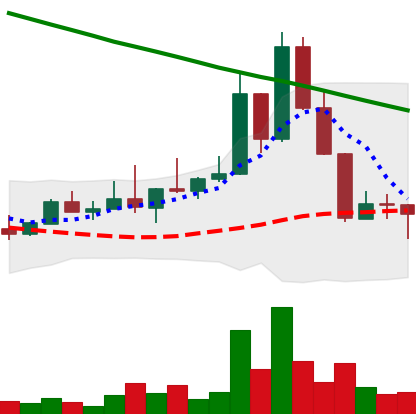
Ticker: DOGE-USD
Chart end date: 2022-08-22
Forward return: -7.024%
Label: down_7plus